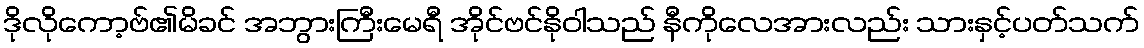
ဒိုလိုကော့ဗ်၏မိခင် အဘွားကြီးမေရီ အိုင်ဗင်နိုဝါသည် နီကိုလေအားလည်း သားနှင့်ပတ်သက်